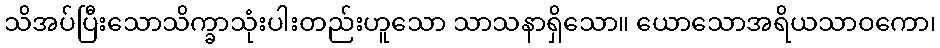
သိအပ်ပြီးသောသိက္ခာသုံးပါးတည်းဟူသော သာသနာရှိသော။ ယောသောအရိယသာဝကော၊